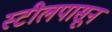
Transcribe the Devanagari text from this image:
स्टीलपासून